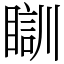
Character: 瞓